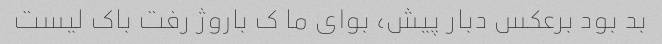
بد بود برعکس دبار پیش، بوای ما ک باروژ رفت باک لیست